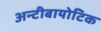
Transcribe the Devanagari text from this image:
अन्टीबायोटिक